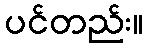
ပင်တည်း။